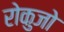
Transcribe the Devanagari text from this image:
रोकुजो